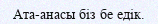
Ата-анасы біз бе едік.